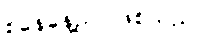
စနေနေ့ည ဖြစ်သည်။